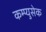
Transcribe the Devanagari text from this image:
कम्प्युसेक